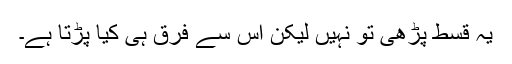
یہ قسط پڑھی تو نہیں لیکن اس سے فرق ہی کیا پڑتا ہے۔